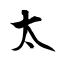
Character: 太